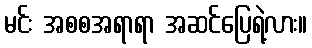
မင်း အစစအရာရာ အဆင်ပြေရဲ့လား။